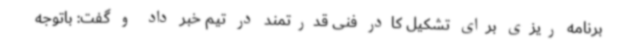
برنامه ریزی برای تشکیل کادر فنی قدرتمند در تیم خبر داد و گفت: باتوجه